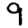
Digit: 9